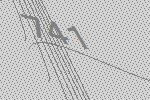
741